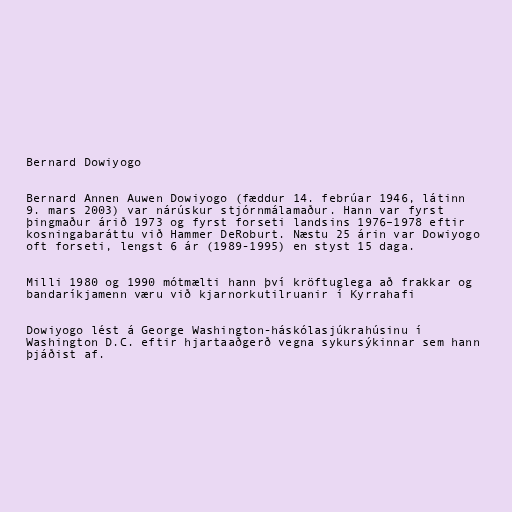
Bernard Dowiyogo

Bernard Annen Auwen Dowiyogo (fæddur 14. febrúar 1946, látinn
9. mars 2003) var nárúskur stjórnmálamaður. Hann var fyrst
þingmaður árið 1973 og fyrst forseti landsins 1976–1978 eftir
kosningabaráttu við Hammer DeRoburt. Næstu 25 árin var Dowiyogo
oft forseti, lengst 6 ár (1989-1995) en styst 15 daga.

Milli 1980 og 1990 mótmælti hann því kröftuglega að frakkar og
bandaríkjamenn væru við kjarnorkutilruanir í Kyrrahafi

Dowiyogo lést á George Washington-háskólasjúkrahúsinu í
Washington D.C. eftir hjartaaðgerð vegna sykursýkinnar sem hann
þjáðist af.